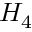
H _ { 4 }